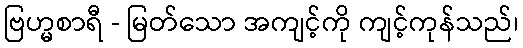
ဗြဟ္မစာရီ - မြတ်သော အကျင့်ကို ကျင့်ကုန်သည်၊